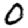
Digit: 0